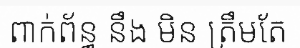
ពាក់ព័ន្ធ នឹង មិន ត្រឹមតែ